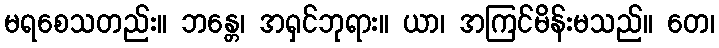
မရစေသတည်း။ ဘန္တေ၊ အရှင်ဘုရား။ ယာ၊ အကြင်မိန်းမသည်။ တေ၊